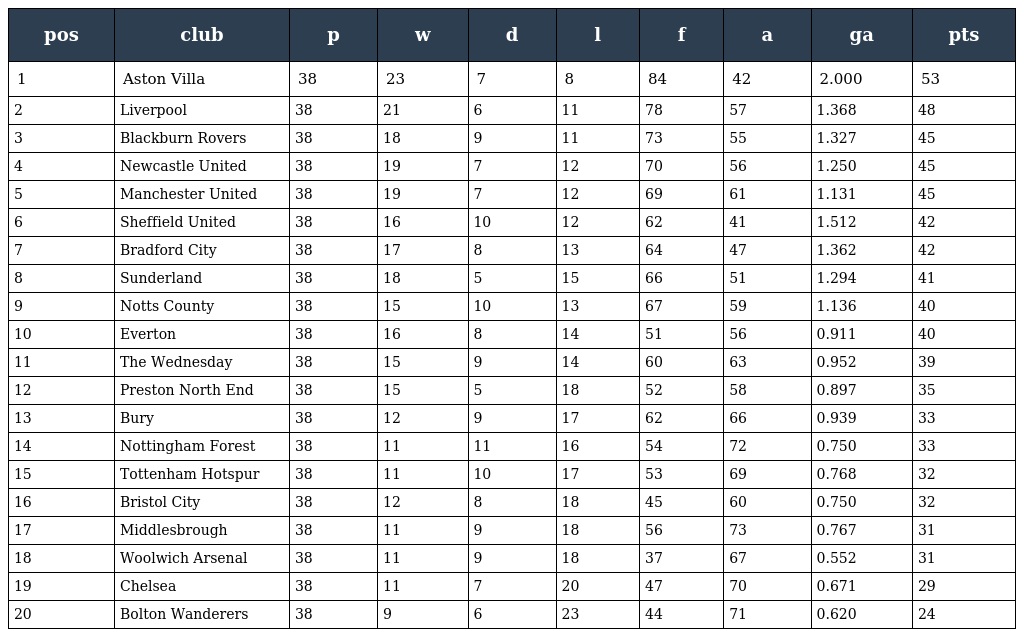
| pos | club | p | w | d | l | f | a | ga | pts |
 | --- | --- | --- | --- | --- | --- | --- | --- | --- | --- |
 | 1 | Aston Villa | 38 | 23 | 7 | 8 | 84 | 42 | 2.000 | 53 |
 | 2 | Liverpool | 38 | 21 | 6 | 11 | 78 | 57 | 1.368 | 48 |
 | 3 | Blackburn Rovers | 38 | 18 | 9 | 11 | 73 | 55 | 1.327 | 45 |
 | 4 | Newcastle United | 38 | 19 | 7 | 12 | 70 | 56 | 1.250 | 45 |
 | 5 | Manchester United | 38 | 19 | 7 | 12 | 69 | 61 | 1.131 | 45 |
 | 6 | Sheffield United | 38 | 16 | 10 | 12 | 62 | 41 | 1.512 | 42 |
 | 7 | Bradford City | 38 | 17 | 8 | 13 | 64 | 47 | 1.362 | 42 |
 | 8 | Sunderland | 38 | 18 | 5 | 15 | 66 | 51 | 1.294 | 41 |
 | 9 | Notts County | 38 | 15 | 10 | 13 | 67 | 59 | 1.136 | 40 |
 | 10 | Everton | 38 | 16 | 8 | 14 | 51 | 56 | 0.911 | 40 |
 | 11 | The Wednesday | 38 | 15 | 9 | 14 | 60 | 63 | 0.952 | 39 |
 | 12 | Preston North End | 38 | 15 | 5 | 18 | 52 | 58 | 0.897 | 35 |
 | 13 | Bury | 38 | 12 | 9 | 17 | 62 | 66 | 0.939 | 33 |
 | 14 | Nottingham Forest | 38 | 11 | 11 | 16 | 54 | 72 | 0.750 | 33 |
 | 15 | Tottenham Hotspur | 38 | 11 | 10 | 17 | 53 | 69 | 0.768 | 32 |
 | 16 | Bristol City | 38 | 12 | 8 | 18 | 45 | 60 | 0.750 | 32 |
 | 17 | Middlesbrough | 38 | 11 | 9 | 18 | 56 | 73 | 0.767 | 31 |
 | 18 | Woolwich Arsenal | 38 | 11 | 9 | 18 | 37 | 67 | 0.552 | 31 |
 | 19 | Chelsea | 38 | 11 | 7 | 20 | 47 | 70 | 0.671 | 29 |
 | 20 | Bolton Wanderers | 38 | 9 | 6 | 23 | 44 | 71 | 0.620 | 24 |